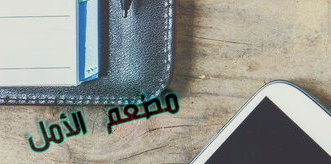
مطعم الأمل